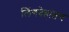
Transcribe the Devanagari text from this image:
लिंगदेहांतच